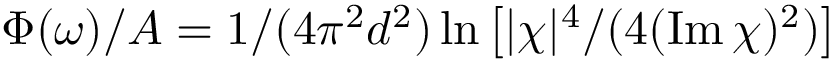
\Phi ( \omega ) / A = 1 / ( 4 \pi ^ { 2 } d ^ { 2 } ) \ln \left[ | \chi | ^ { 4 } / ( 4 ( \operatorname { I m } \chi ) ^ { 2 } ) \right]